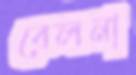
বেলনা